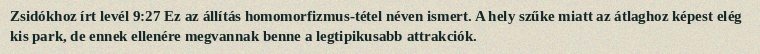
Zsidókhoz írt levél 9:27 Ez az állítás homomorfizmus-tétel néven ismert. A hely szűke miatt az átlaghoz képest elég kis park, de ennek ellenére megvannak benne a legtipikusabb attrakciók.